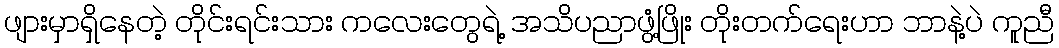
ဖျားမှာရှိနေတဲ့ တိုင်းရင်းသား ကလေးတွေရဲ့ အသိပညာဖွံ့ဖြိုး တိုးတက်ရေးဟာ ဘာနဲ့ပဲ ကူညီ